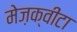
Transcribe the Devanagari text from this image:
मेज़क्वीटा